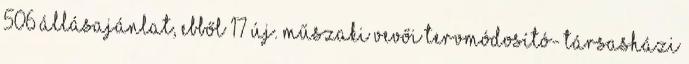
506 állásajánlat, ebből 17 új. Műszaki vevői tervmódosító- társasházi